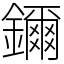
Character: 鑈